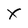
Character: X